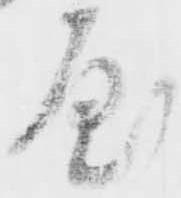
屋